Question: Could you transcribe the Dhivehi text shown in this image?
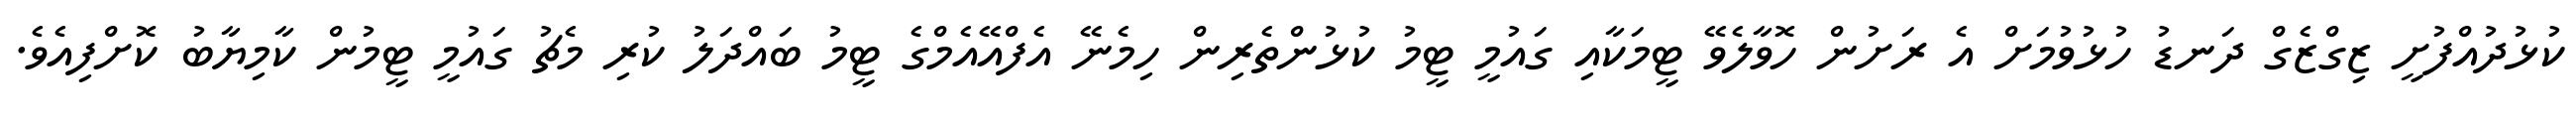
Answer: ކުޅުދުއްފުށީ ޒިގްޒެގް ދަނޑު ހުޅުވުމަށް އެ ރަށުން ހޮވާލެވޭ ޓީމަކާއި ގައުމީ ޓީމު ކުޅުންތެރިން ހިމެނޭ އެފްއޭއެމްގެ ޓީމު ބައްދަލު ކުރި މެޗު ގައުމީ ޓީމުން ކާމިޔާބު ކޮށްފިއެވެ.